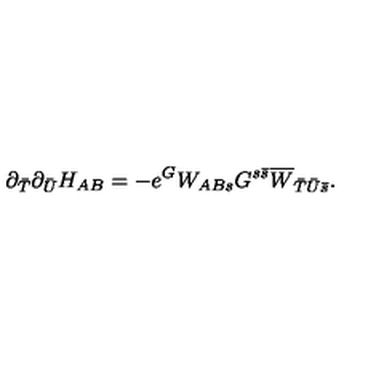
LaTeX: \partial _ { \bar { T } } \partial _ { \bar { U } } H _ { A B } = - e ^ { G } W _ { A B s } G ^ { s { \bar { s } } } \overline { { W } } _ { { \bar { T } } { \bar { U } } { \bar { s } } } .